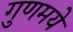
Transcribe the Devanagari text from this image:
गुणमये